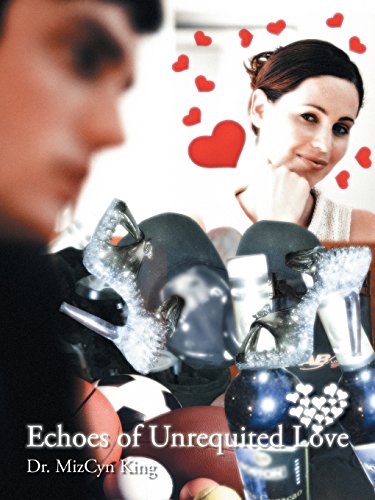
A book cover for Echoes of Unrequited Love; Dr. MizCyn King; Romance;